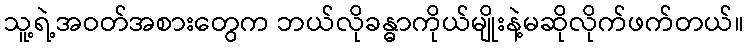
သူ့ရဲ့အဝတ်အစားတွေက ဘယ်လိုခန္ဓာကိုယ်မျိုးနဲ့မဆိုလိုက်ဖက်တယ်။